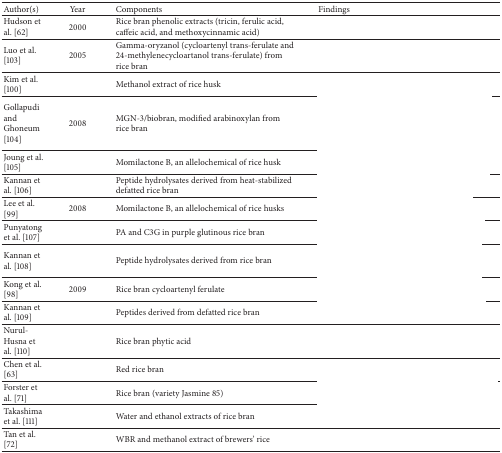
<table><thead><tr><td><b>Author(s)</b></td><td><b>Year</b></td><td><b>Components</b></td><td><b>Findings</b></td></tr></thead><tbody><tr><td>Hudson et al. [62]</td><td>2000</td><td>Rice bran phenolic extracts (tricin, ferulic acid, caffeic acid, and methoxycinnamic acid)</td><td>[EMPTY_CELL]</td></tr><tr><td>Luo et al. [103]</td><td>2005</td><td>Gamma-oryzanol (cycloartenyl trans-ferulate and 24-methylenecycloartanol trans-ferulate) from rice bran</td><td>[EMPTY_CELL]</td></tr><tr><td>Kim et al. [100]</td><td>[EMPTY_CELL]</td><td>Methanol extract of rice husk</td><td>[EMPTY_CELL]</td></tr><tr><td>Gollapudi and Ghoneum [104]</td><td>2008</td><td>MGN-3/biobran, modified arabinoxylan from rice bran</td><td>[EMPTY_CELL]</td></tr><tr><td>Joung et al. [105]</td><td>[EMPTY_CELL]</td><td>Momilactone B, an allelochemical of rice husk</td><td>[EMPTY_CELL]</td></tr><tr><td>Kannan et al. [106]</td><td>[EMPTY_CELL]</td><td>Peptide hydrolysates derived from heat-stabilized defatted rice bran</td><td>[EMPTY_CELL]</td></tr><tr><td>Lee et al. [99]</td><td>2008</td><td>Momilactone B, an allelochemical of rice husks</td><td>[EMPTY_CELL]</td></tr><tr><td>Punyatong et al. [107]</td><td>[EMPTY_CELL]</td><td>PA and C3G in purple glutinous rice bran</td><td>[EMPTY_CELL]</td></tr><tr><td>Kannan et al. [108]</td><td>[EMPTY_CELL]</td><td>Peptide hydrolysates derived from rice bran</td><td>[EMPTY_CELL]</td></tr><tr><td>Kong et al. [98]</td><td>2009</td><td>Rice bran cycloartenyl ferulate</td><td>[EMPTY_CELL]</td></tr><tr><td>Kannan et al. [109]</td><td>[EMPTY_CELL]</td><td>Peptides derived from defatted rice bran</td><td>[EMPTY_CELL]</td></tr><tr><td>Nurul-Husna et al. [110]</td><td>[EMPTY_CELL]</td><td>Rice bran phytic acid</td><td>[EMPTY_CELL]</td></tr><tr><td>Chen et al. [63]</td><td>[EMPTY_CELL]</td><td>Red rice bran</td><td>[EMPTY_CELL]</td></tr><tr><td>Forster et al. [71]</td><td>[EMPTY_CELL]</td><td>Rice bran (variety Jasmine 85)</td><td>[EMPTY_CELL]</td></tr><tr><td>Takashima et al. [111]</td><td>[EMPTY_CELL]</td><td>Water and ethanol extracts of rice bran</td><td>[EMPTY_CELL]</td></tr><tr><td>Tan et al. [72]</td><td>[EMPTY_CELL]</td><td>WBR and methanol extract of brewers' rice</td><td>[EMPTY_CELL]</td></tr></tbody></table>